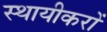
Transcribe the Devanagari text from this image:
स्थायीकरों